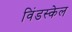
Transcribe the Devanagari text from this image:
विंडस्केल